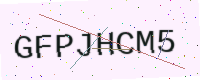
Text: GFPJHCM5